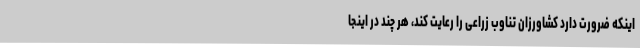
اینکه ضرورت دارد کشاورزان تناوب زراعی را رعایت کند، هر چند در اینجا